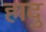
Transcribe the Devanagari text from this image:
हादु